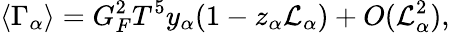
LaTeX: \langle\Gamma_{\alpha}\rangle=G_{F}^{2}T^{5}y_{\alpha}(1-z_{\alpha}\mathcal{L}_{\alpha})+O(\mathcal{L}_{\alpha}^{2}),